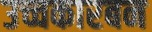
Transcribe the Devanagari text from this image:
उच्चकारबन